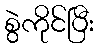
စွဲကိုင်ပြီး